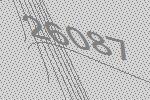
26087